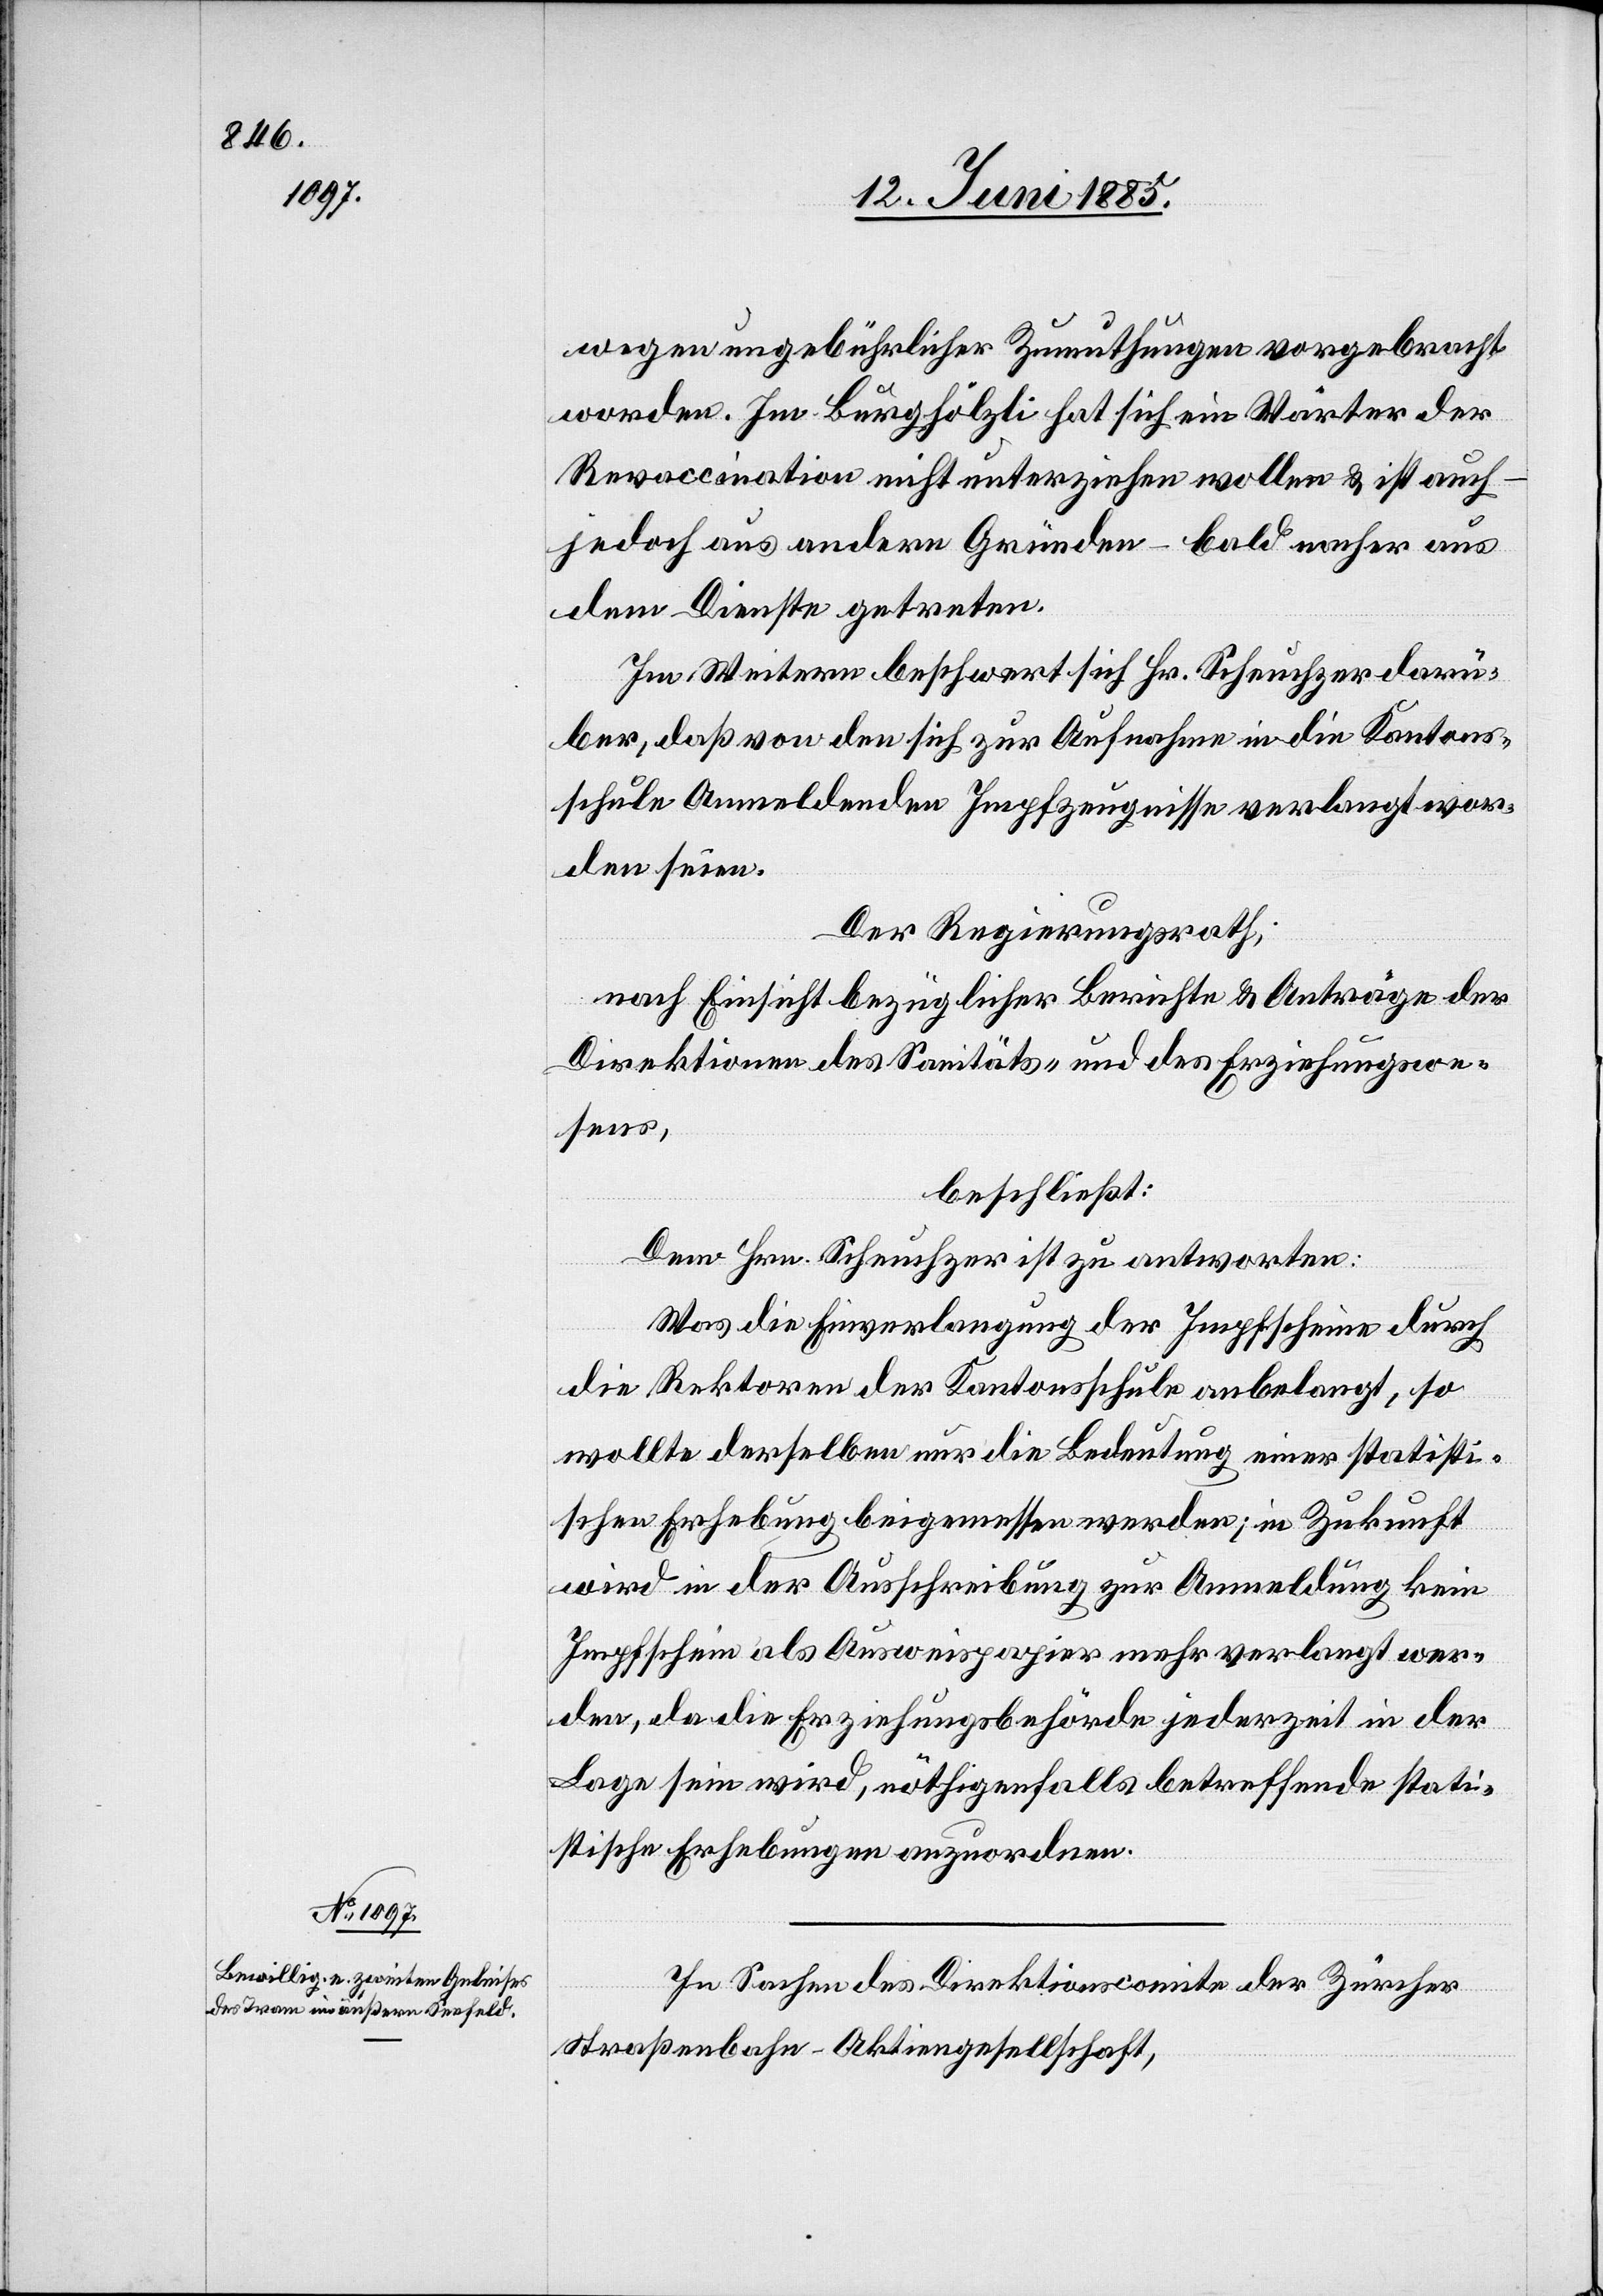
wegen ungebührlicher Zumuthungen vorgebracht
worden. Im Burghölzli hat sich ein Wärter der
Revaccination nicht unterziehen wollen & ist auch
jedoch aus andern Gründen – bald nachher aus
dem Dienste getreten.
Im Weitern beschwert sich Hr. Scheuchzer darü¬
ber, daß von den sich zur Aufnahme in die Kantons¬
schule Anmeldenden Impfzeugnisse verlangt wor¬
den seien.
Der Regierungsrath,
nach Einsicht bezüglicher Berichte & Anträge der
Direktionen des Sanitäts- und des Erziehungswe¬
sens,
beschließt:
Dem Hrn. Scheuchzer ist zu antworten:
Was die Einverlangung der Impfscheine durch
die Rektoren der Kantonsschule anbelangt, so
wollte derselben nur die Bedeutung einer statisti¬
schen Erhebung beigemessen werden; in Zukunft
wird in der Ausschreibung zur Anmeldung kein
Impfschein als Ausweispapier mehr verlangt wer¬
den, da die Erziehungsbehörde jederzeit in der
Lage sein wird, nöthigenfalls betreffende stati¬
stische Erhebungen anzuordnen.
In Sachen des Direktionscomite der Zürcher
Straßenbahn-Aktiengesellschaft,